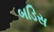
બડિસ